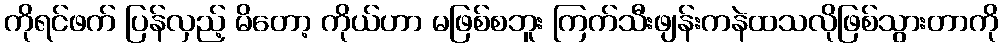
ကိုရင်ဖက် ပြန်လှည့် မိတော့ ကိုယ်ဟာ မဖြစ်စဘူး ကြက်သီးဖျန်းကနဲထသလိုဖြစ်သွားတာကို